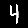
Digit: 4